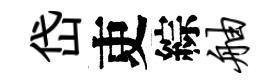
岱吏綜舳